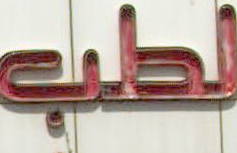
لطب